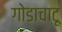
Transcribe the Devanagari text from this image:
गोडाचाटू